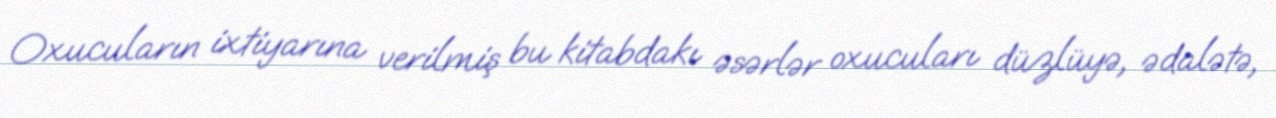
Oxucuların ixtiyarına verilmiş bu kitabdakı əsərlər oxucuları düzlüyə, ədalətə,